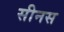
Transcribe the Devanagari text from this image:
सीनस